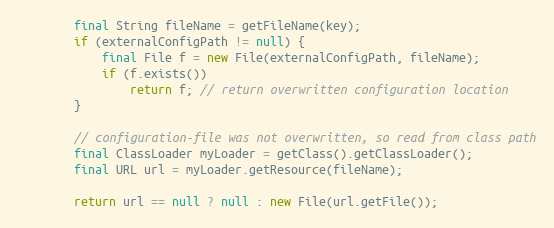
Language: Java
		final String fileName = getFileName(key);
		if (externalConfigPath != null) {
			final File f = new File(externalConfigPath, fileName);
			if (f.exists())
				return f; // return overwritten configuration location
		}

		// configuration-file was not overwritten, so read from class path
		final ClassLoader myLoader = getClass().getClassLoader();
		final URL url = myLoader.getResource(fileName);

		return url == null ? null : new File(url.getFile());